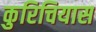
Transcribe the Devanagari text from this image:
कुरिचियास